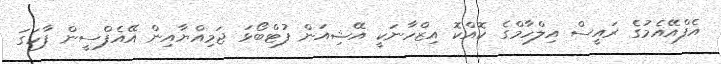
އެފްއޭއެމުގެ ރައީސް އިލްހާމްގެ ކޮއްކޮ އިޒްހާނަކީ އޭޝިއަން ފުޓްބޯޅަ ޖަމިއްޔާއިން އޭއެފްސީން ފާހަގަ